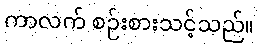
ကာလက် စဉ်းစားသင့်သည်။